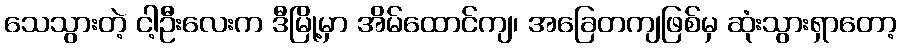
သေသွားတဲ့ ငါ့ဦးလေးက ဒီမြို့မှာ အိမ်ထောင်ကျ၊ အခြေတကျဖြစ်မှ ဆုံးသွားရှာတော့